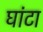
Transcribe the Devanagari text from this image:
घांटा